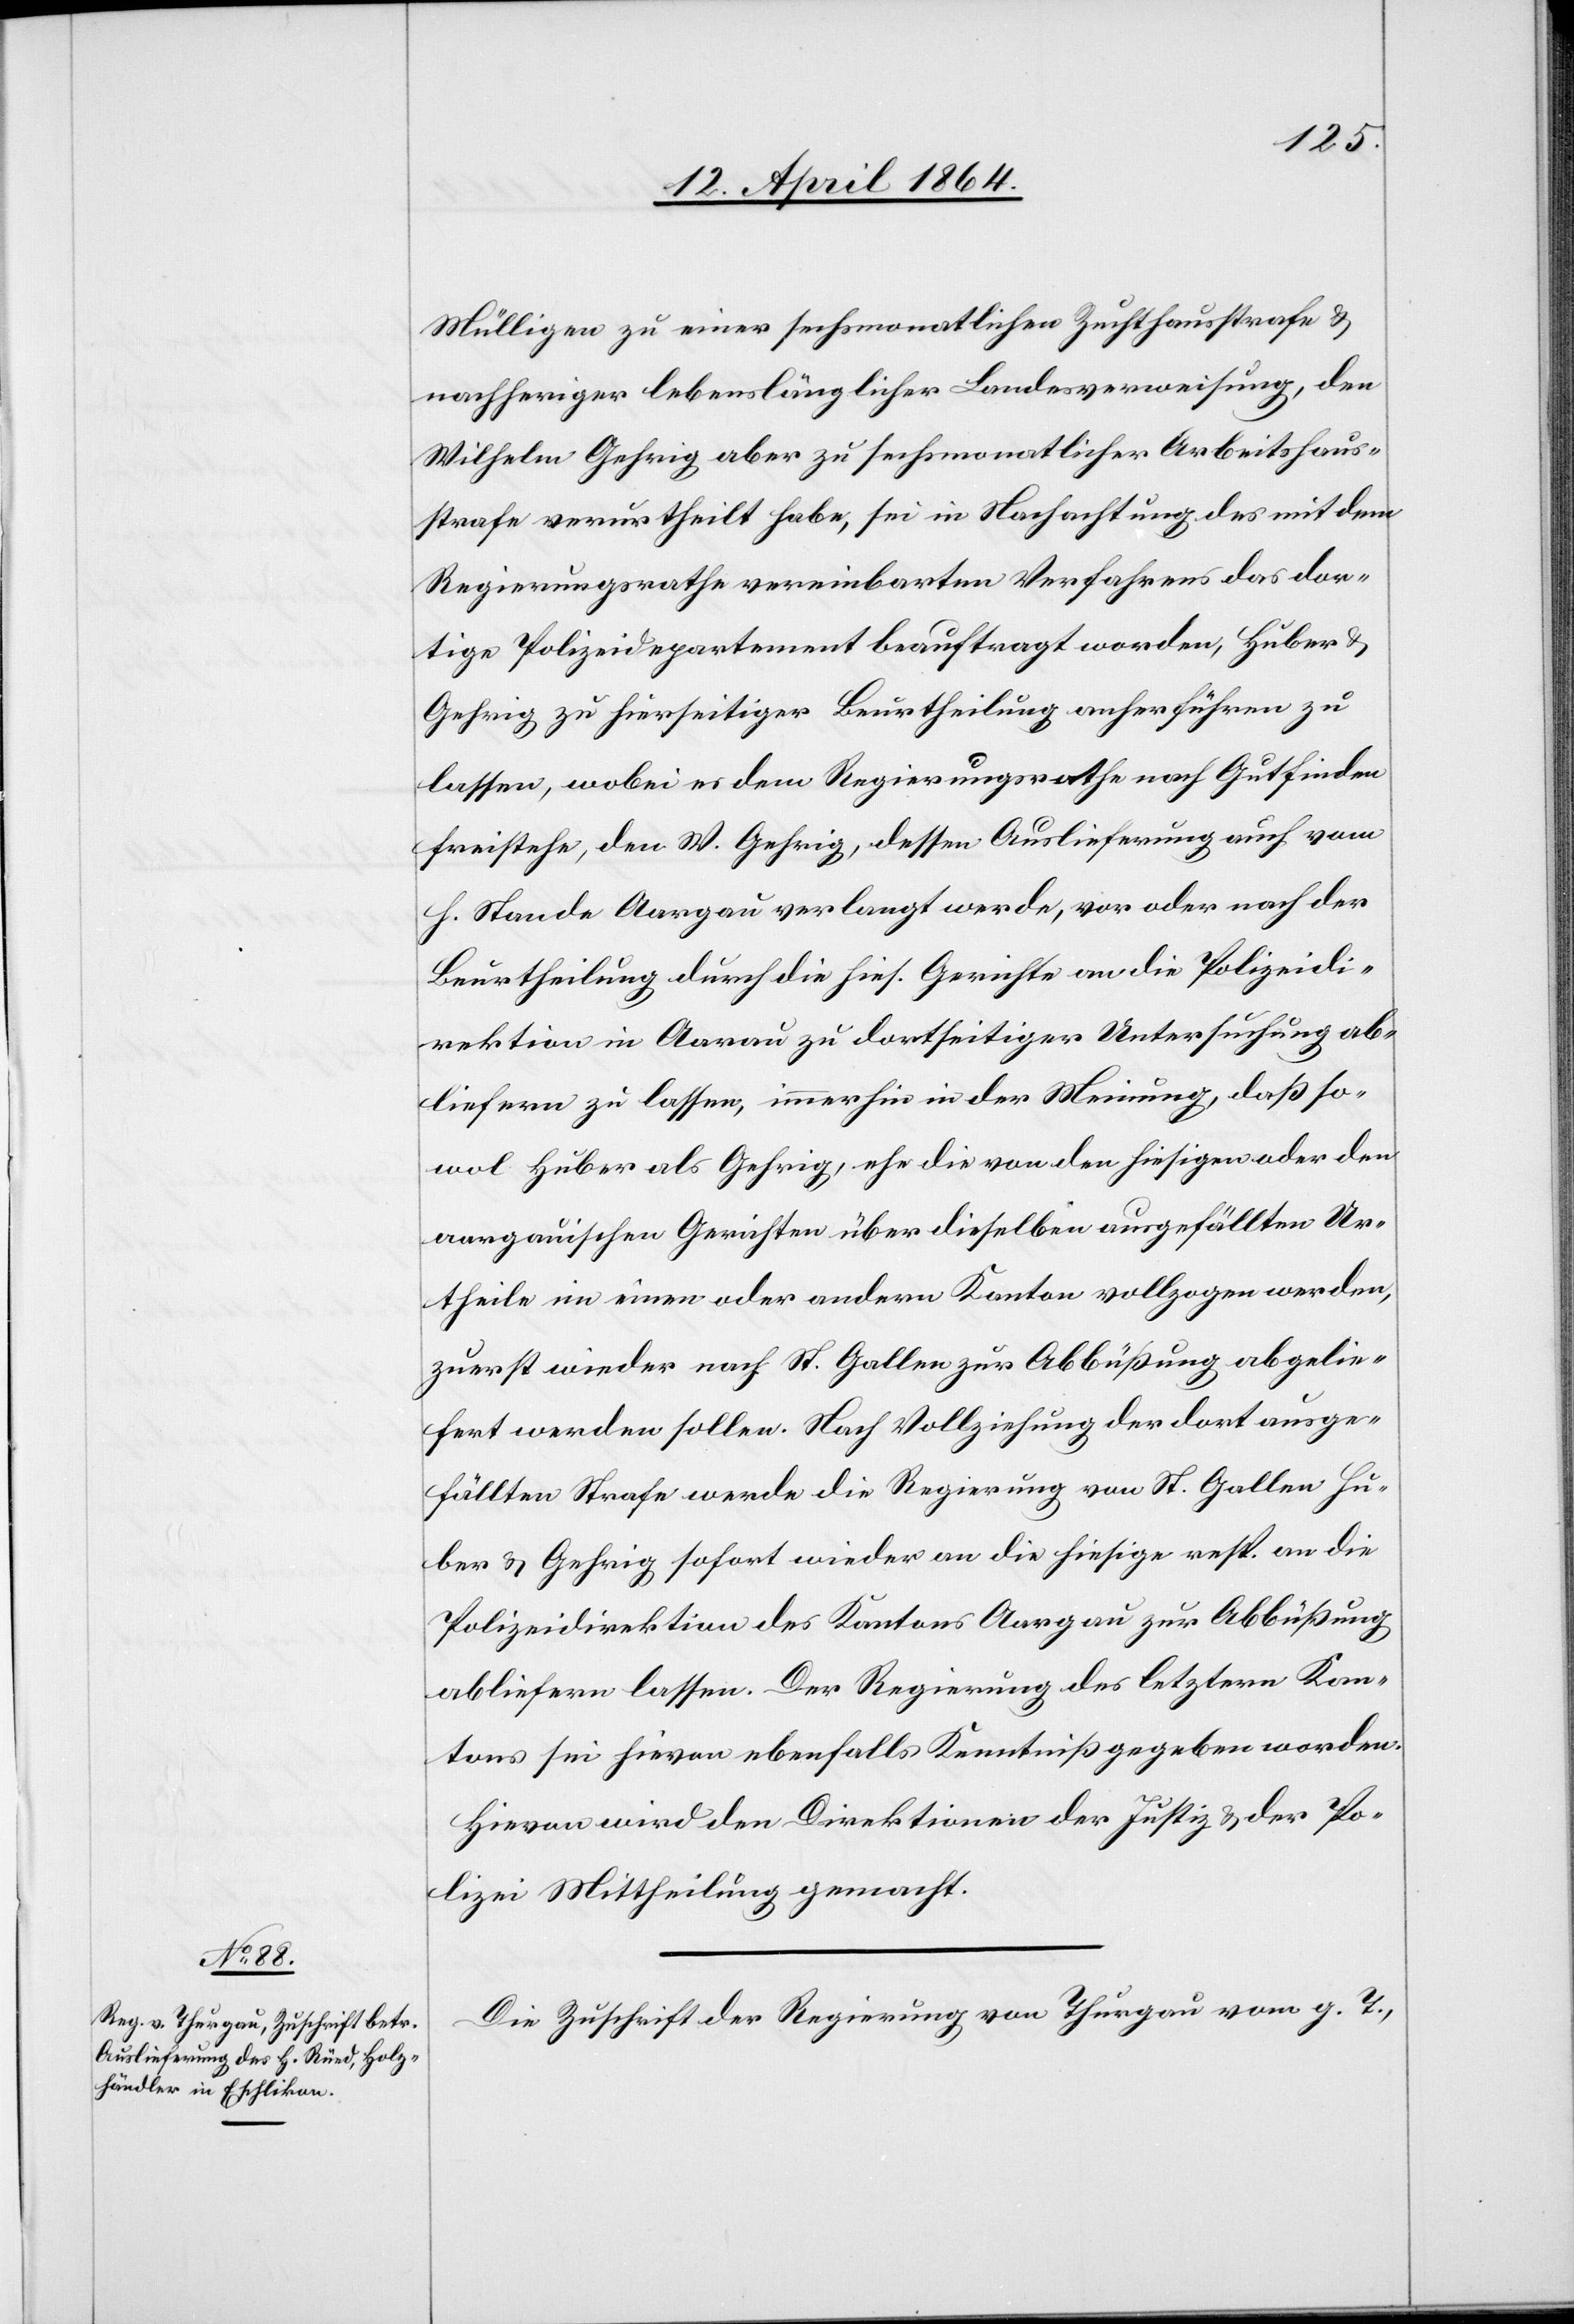
15. April 1864.]
Mülligen zu einer sechsmonatlichen Zuchthausstrafe u.
nachheriger lebenslänglicher Landesverweisung, den
Wilhelm Gehrig aber zu sechsmonatlicher Arbeitshaus¬
strafe verurtheilt habe, sei in Nachachtung des mit dem
Regierungsrathe vereinbarten Verfahrens das dor¬
tige Polizeidepartement beauftragt worden, Huber u.
Gehrig zu hierseitiger Beurtheilung anherführen zu
lassen, wobei es dem Regierungsrathe nach Gutfinden
freistehe, den W. Gehrig, dessen Auslieferung auch vom
h. Stande Aargau verlangt werde, vor oder nach der
Beurtheilung durch die hies. Gerichte an die Polizeidi¬
rektion in Aarau zu dortseitiger Untersuchung ab¬
liefern zu lassen, immerhin in der Meinung, daß so¬
wol Huber als Gehrig, ehe die von den hiesigen oder den
aargauischen Gerichten über dieselben ausgefällten Ur¬
theile im einen oder andern Kanton vollzogen worden,
zuerst wieder nach St. Gallen zur Abbüßung abgelie¬
fert werden sollen. Nach Vollziehung der dort ausge¬
fällten Strafe werde die Regierung von St. Gallen Hu¬
ber u. Gehrig sofort wieder an die hiesige resp. an die
Polizeidirektion des Kantons Aargau zur Abbüßung
abliefern lassen. Der Regierung des letztern Kan¬
tons sei hievon ebenfalls Kenntniß gegeben worden.
Hievon wird den Direktionen der Justiz u. der Po¬
lizei Mittheilung gemacht.
Die Zuschrift der Regierung von Thurgau vom g. T.,